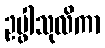
ဥပ္ဖါသုလိကာ